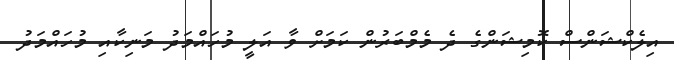
އިލެކްޝަންސް ކޮމިޝަންގެ ދެ މެމްބަރުން ކަމަށް ވާ އަލީ މުހައްމަދު މަނިކާއި މުހައްމަދު